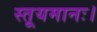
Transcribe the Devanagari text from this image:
स्तूयमानः।